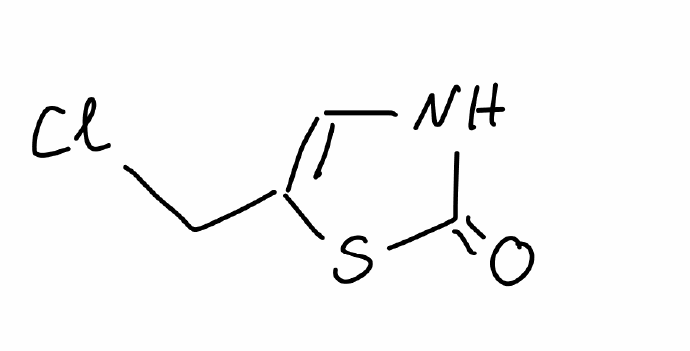
Simplified molecular-input line-entry system (SMILES) notation of the given molecule:
C1=C(SC(=O)N1)CCl